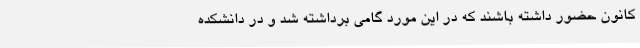
کانون حضور داشته باشند که در این مورد گامی برداشته شد و در دانشکده